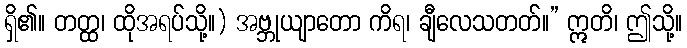
ရှိ၏။ တတ္ထ၊ ထိုအရပ်သို့။) အဗ္ဘုယျာတော ကိရ၊ ချီလေသတတ်။” ဣတိ၊ ဤသို့။